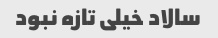
سالاد خیلی تازه نبود